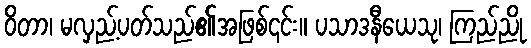
ဝိတာ၊ မလှည့်ပတ်သည်၏အဖြစ်၎င်း။ ပသာဒနီယေသု၊ ကြည်ညို